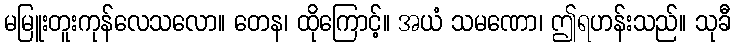
မမြူးတူးကုန်လေသလော။ တေန၊ ထိုကြောင့်။ အယံ သမဏော၊ ဤရဟန်းသည်။ သုခီ